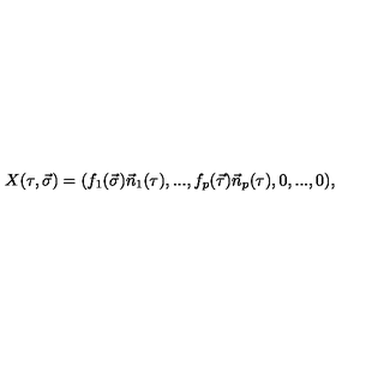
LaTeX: X ( \tau , \vec { \sigma } ) = ( f _ { 1 } ( \vec { \sigma } ) \vec { n } _ { 1 } ( \tau ) , . . . , f _ { p } ( \vec { \tau } ) \vec { n } _ { p } ( \tau ) , 0 , . . . , 0 ) ,